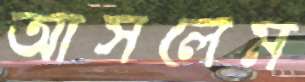
আসলেম